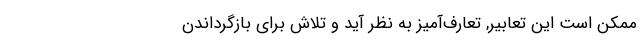
ممکن است این تعابیر, تعارف‌آمیز به نظر آید و تلاش برای بازگرداندن